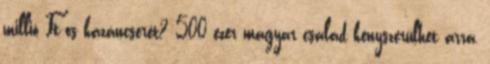
millió Ft-os kazáncserét? 500 ezer magyar család kényszerülhet arra,